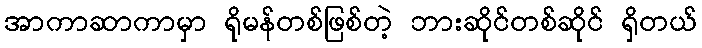
အာကာဆာကာမှာ ရိုမန်တစ်ဖြစ်တဲ့ ဘားဆိုင်တစ်ဆိုင် ရှိတယ်